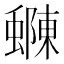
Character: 𮔽